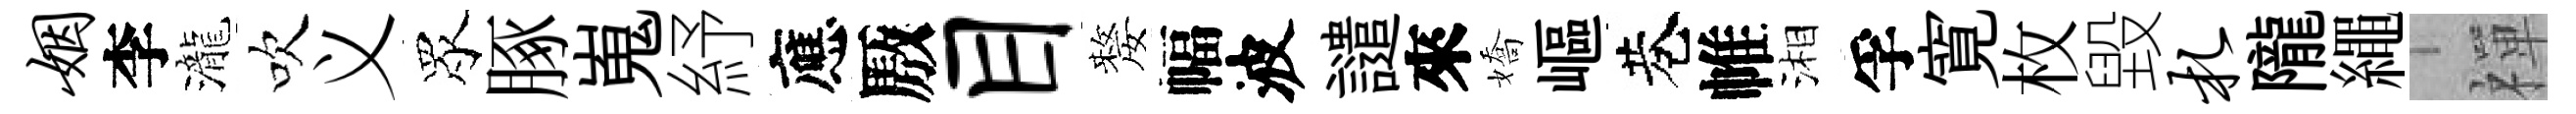
姻李瀧吹义眾䐁嵬紓應厫目嫠幅波譴來嬌嶇巷帷湘孚寛枚毀札隴繩禪